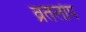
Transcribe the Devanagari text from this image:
व्रतलोप